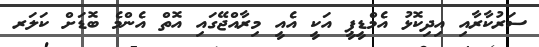
ސަރުކާރާއި އިދިކޮޅު އެމްޑީޕީ އަކީ އެއީ މިރާއްޖޭގައި އޮތް އެންމެ ބޮޑަށް ކަލަރ